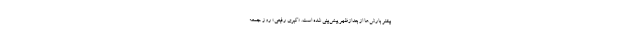
بیشتر بارش‌ها از بعدازظهر پیش‌بینی شده است. «کبری رفیعی» روز جمعه